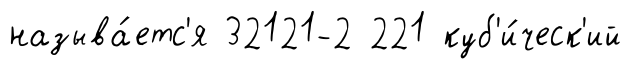
называ́етс'я 32121-2 221 куб'и́ческ'ий